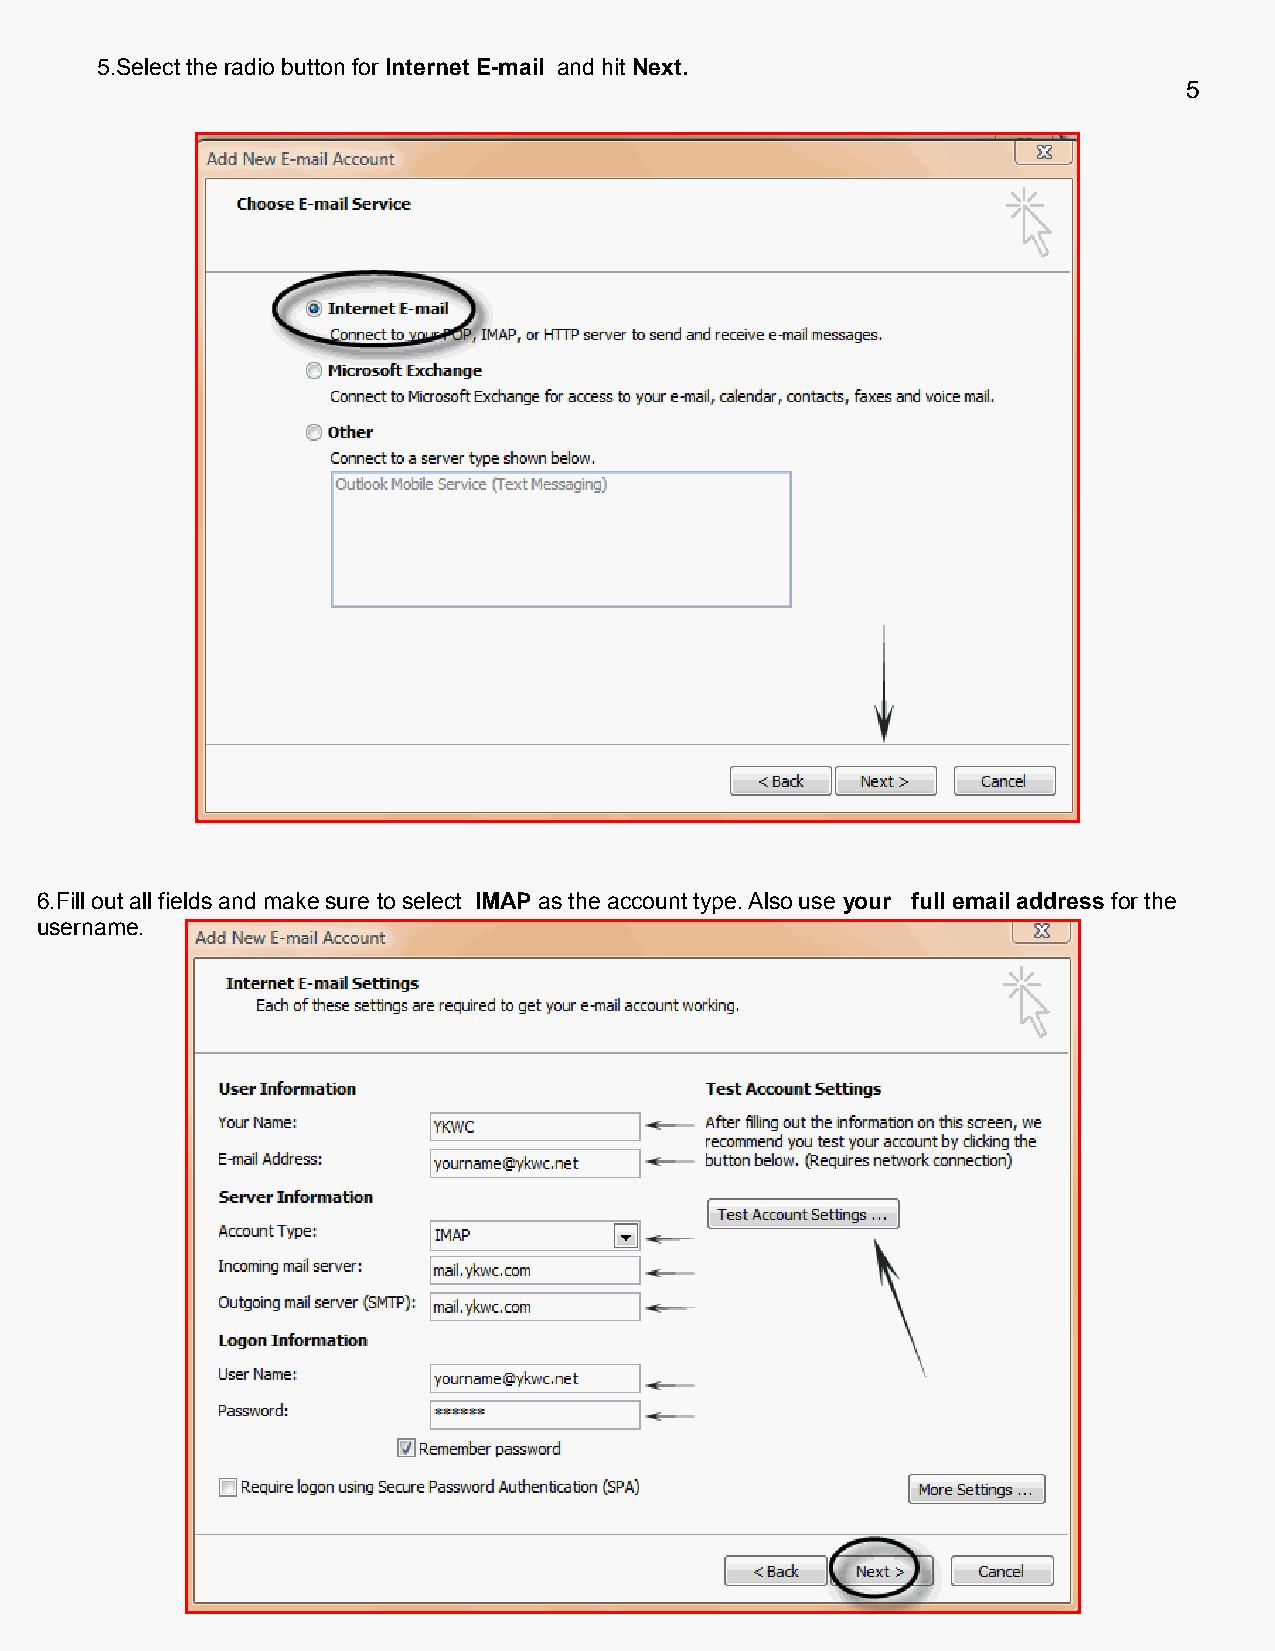
5.Select the radio button for Internet E-mail and hit Next.
 5
 6.Fill out all fields and make sure to select IMAP as the account type. Also use your full email address for the
 username.